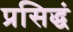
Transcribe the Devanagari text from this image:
प्रसिद्धं